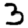
Digit: 3